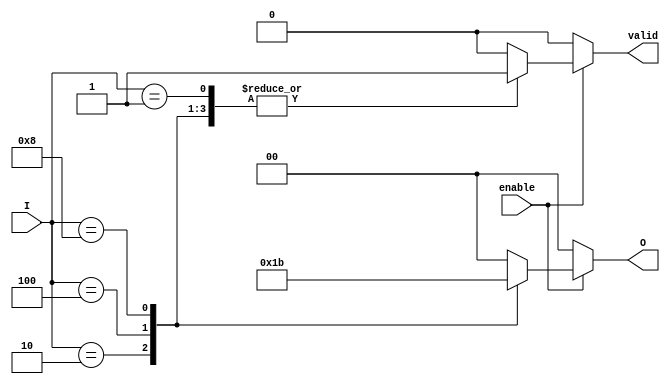
module binary_encoder(
    input wire [3:0] I, // 4 input lines
    input wire enable,   // Enable signal
    output reg [1:0] O, // 2-bit output
    output reg valid     // Output valid signal
);

// Always block to handle the encoding
always @(*) begin
    if (enable) begin
        valid = 1'b0; // Default valid signal
        case (I)
            4'b0001: begin O = 2'b00; valid = 1'b1; end // I0 active
            4'b0010: begin O = 2'b01; valid = 1'b1; end // I1 active
            4'b0100: begin O = 2'b10; valid = 1'b1; end // I2 active
            4'b1000: begin O = 2'b11; valid = 1'b1; end // I3 active
            default: begin O = 2'b00; valid = 1'b0; end // No active input or invalid input
        endcase
    end else begin
        O = 2'b00; // Output is zero when not enabled
        valid = 1'b0; // Not valid when not enabled
    end
end

endmodule